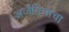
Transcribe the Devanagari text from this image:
अर्जेंटिनाचा